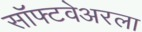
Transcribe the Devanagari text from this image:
सॉफ्टवेअरला